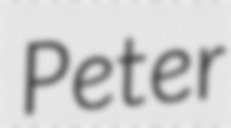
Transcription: Peter